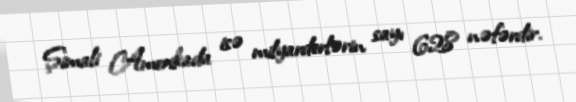
Şimali Amerikada isə milyarderlərin sayı 628 nəfərdir.